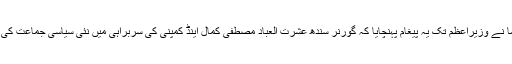
ذرائع کے مطابق ایم کیو ایم کے سینئر رہنما نے وزیراعظم تک یہ پیغام پہنچایا کہ گورنر سندھ عشرت العباد مصطفی کمال اینڈ کمپنی کی سربراہی میں نئی سیاسی جماعت کی تشکیل میں پس پردہ کردار ادا کر رہے ہیں۔